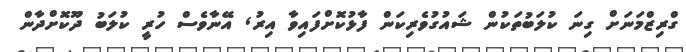
ގްރިޒްމަނަށް ގިނަ ކުލަބުތަކުން ޝައުގުވެރިކަން ފާޅުކޮށްފައިވާ އިރު